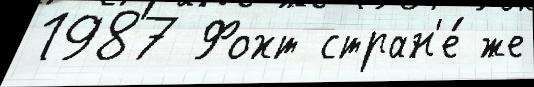
1987 Фохт стран'е́ же